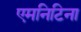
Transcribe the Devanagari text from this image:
एमनिटिना